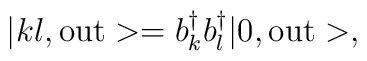
| kl, {\rm out} > = b_k^{\dagger} b_l^{\dagger} | 0, {\rm out} >,